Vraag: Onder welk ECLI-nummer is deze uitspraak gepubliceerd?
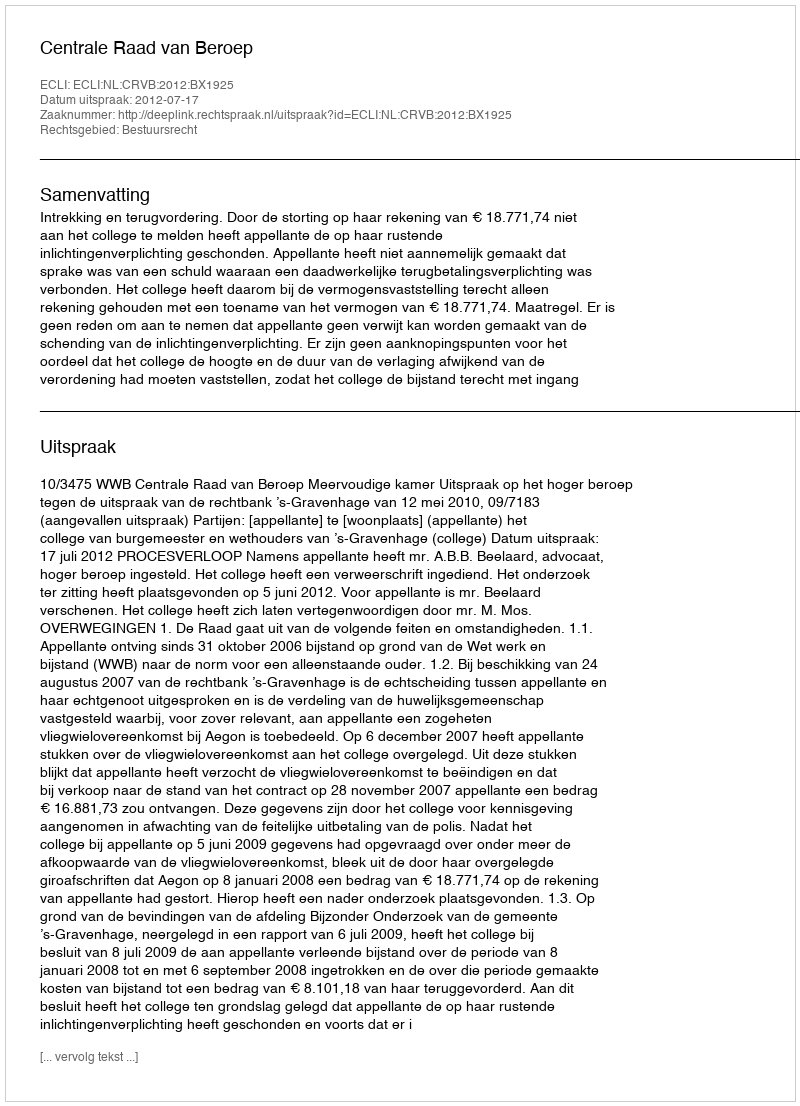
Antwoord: ECLI:NL:CRVB:2012:BX1925